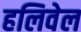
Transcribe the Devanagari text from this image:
हलिवेल